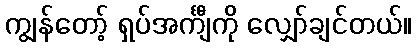
ကျွန်တော့် ရှပ်အင်္ကျီကို လျှော်ချင်တယ်။